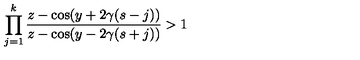
\prod _ { j = 1 } ^ { k } \frac { z - \cos ( y + 2 \gamma ( s - j ) ) } { z - \cos ( y - 2 \gamma ( s + j ) ) } > 1